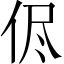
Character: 侭